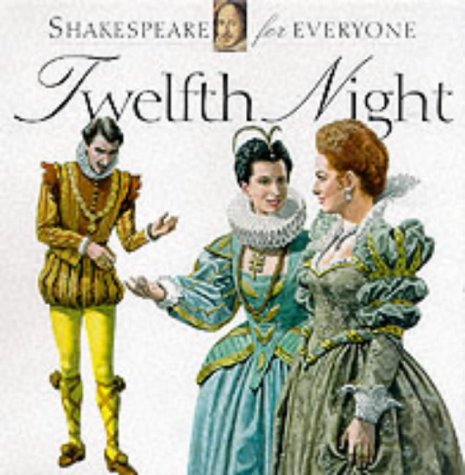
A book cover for Twelfth Night (Shakespeare for Everyone); Jennifer Mulherin; Literature & Fiction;